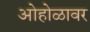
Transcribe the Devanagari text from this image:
ओहोळावर